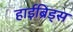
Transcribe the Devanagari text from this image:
हाईब्रिड्स